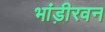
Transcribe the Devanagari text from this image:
भांड़ीरवन